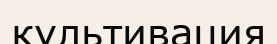
культивация